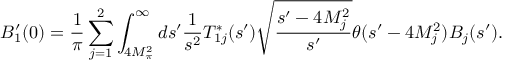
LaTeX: B _ { 1 } ^ { \prime } ( 0 ) = \frac { 1 } { \pi } \sum _ { j = 1 } ^ { 2 } \int _ { 4 M _ { \pi } ^ { 2 } } ^ { \infty } d s ^ { \prime } \frac { 1 } { s ^ { 2 } } T _ { 1 j } ^ { * } ( s ^ { \prime } ) \sqrt \frac { s ^ { \prime } - 4 M _ { j } ^ { 2 } } { s ^ { \prime } } \theta ( s ^ { \prime } - 4 M _ { j } ^ { 2 } ) B _ { j } ( s ^ { \prime } ) .